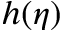
h ( \eta )